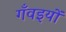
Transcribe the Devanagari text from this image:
गँवइयों